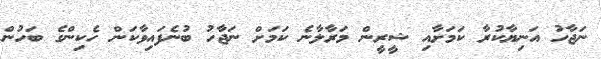
ނަޖާހު އަނިޔާކުރާ ކަމަށާއި ޝީރީން މަރާލާނެ ކަމަށް ނަޖާހު ބުނެފައިވާކަން ހެކިންގެ ބަހުން